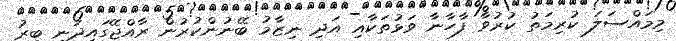
މިމައްސަލަ ކުރިމަތު ކުރުވާ ފާހާނާ ވަޅުތަކާއި އަދި ނިޒާމު ބޭނުންކުރުން ރާއްޖޭގައިދަނީ ބިރު